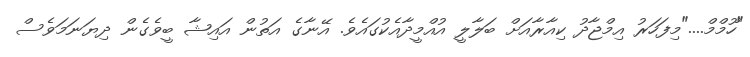
"ހޫމްމް...."މިފަހަރު އިމްޖާދު ކިއާރާއަށް ބަލާލީ އުއްމީދާއެކުގައެވެ. އޭނާގެ އަތުން އައިޝާ ބީވެގެން ދިޔަނަމަވެސް